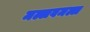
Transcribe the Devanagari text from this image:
मल्लवमल्ल